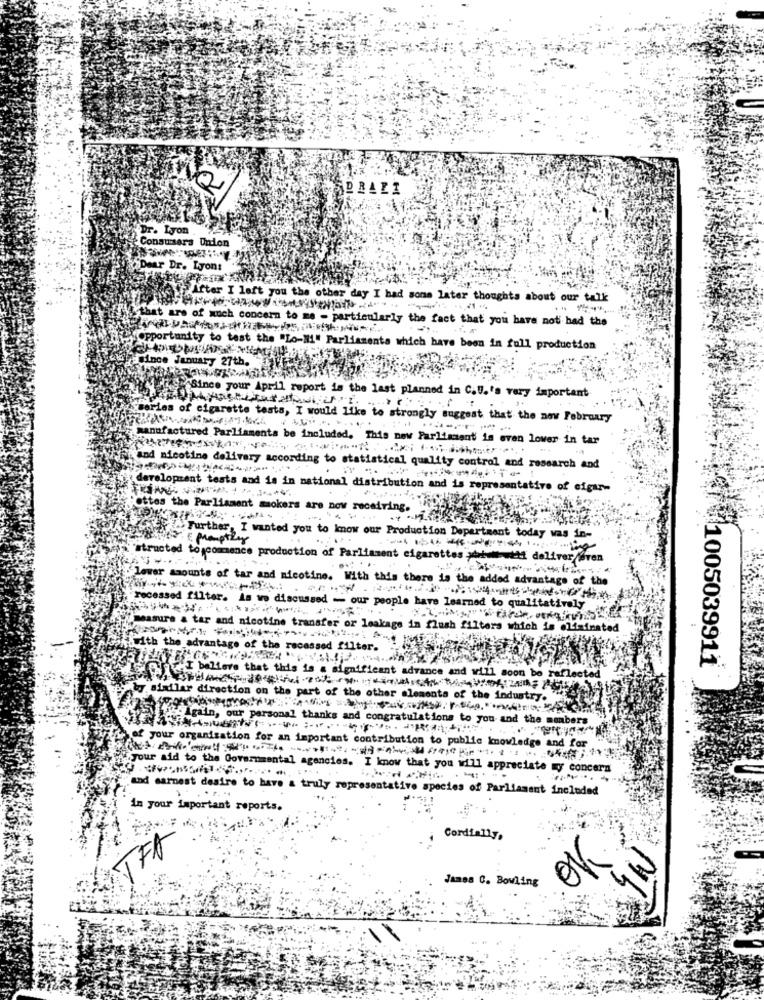
DRALI
Dr. Lyon
Consumers Union
Dear Dr. Lyon:
After I left you the other day I had some later thoughts about our talk
that are of much concern to me - particularly the fact that you have noti had the
"opportunity to test the "Lo-Mi" Parliamenta which have been in full production
since January 27th.
Hiich Since your April report is the last planned in C.U.'s very important
Stories of cigarette tests, I would Like to strongly suggest that the now February
manufactured Parliaments be included. This new Parliament is even lower in tar
"and nicotine delivery according to statistical quality control and research and
development tests and is in national distribution and is representative of cigar-
"ottes the Parliament smokers are now receiving.
sitter : promptly
f . Further, I wanted you to know our Production Department today was in-
"structed to,commence production of Parliament cigarettes >bi-# +11 deliver even
lower amounts of tar and nicotine. With this there is the added advantage of the
"recessed filter. As we discussed - our people have learned to qualitatively
measure & tar and nicotine transfer or leakage in flush filters which is eltsinated
.with the advantage of the recessed filter.
1005039911
I believe that this is a significant advance and will soon be reflected
by similar direction on the part of the other elements of the industry.
Igain, our personal thanks and congratulations to you and the manbers
of your organization for an important contribution to public knowledge and for
your aid to the Governmental agencies. I know that you will appreciate my concern
--
Ind sarnest desire to have a truly representative species of Parliament included
in your important reports.
Cordially,
TFA
James C. Bowling